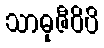
သာဓုဇီဝိပိ